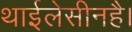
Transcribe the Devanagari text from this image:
थाईलेसीनहै।